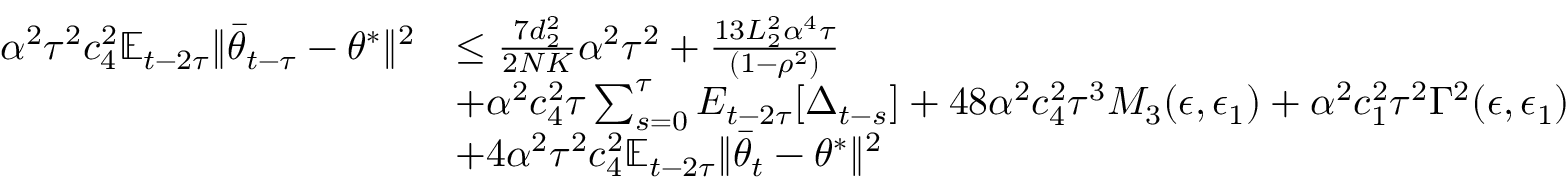
\begin{array} { r l } { \alpha ^ { 2 } \tau ^ { 2 } c _ { 4 } ^ { 2 } \mathbb { E } _ { t - 2 \tau } \lVert \bar { \theta } _ { t - \tau } - \theta ^ { * } \rVert ^ { 2 } } & { \le \frac { 7 d _ { 2 } ^ { 2 } } { 2 N K } \alpha ^ { 2 } \tau ^ { 2 } + \frac { 1 3 L _ { 2 } ^ { 2 } \alpha ^ { 4 } \tau } { ( 1 - \rho ^ { 2 } ) } } \\ & { + \alpha ^ { 2 } c _ { 4 } ^ { 2 } \tau \sum _ { s = 0 } ^ { \tau } E _ { t - 2 \tau } [ \Delta _ { t - s } ] + 4 8 \alpha ^ { 2 } c _ { 4 } ^ { 2 } \tau ^ { 3 } M _ { 3 } ( \epsilon , \epsilon _ { 1 } ) + \alpha ^ { 2 } c _ { 1 } ^ { 2 } \tau ^ { 2 } \Gamma ^ { 2 } ( \epsilon , \epsilon _ { 1 } ) } \\ & { + 4 \alpha ^ { 2 } \tau ^ { 2 } c _ { 4 } ^ { 2 } \mathbb { E } _ { t - 2 \tau } \lVert \bar { \theta } _ { t } - \theta ^ { * } \rVert ^ { 2 } } \end{array}